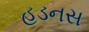
હડનસ